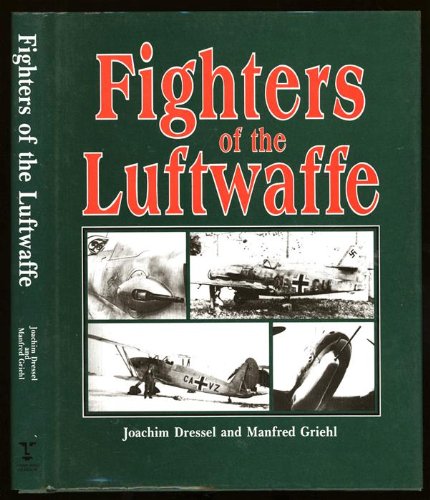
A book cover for Fighters of the Luftwaffe; Joachim Dressel; Engineering & Transportation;